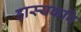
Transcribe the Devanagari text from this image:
हास्यकवि